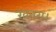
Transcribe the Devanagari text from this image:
खतरा।